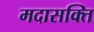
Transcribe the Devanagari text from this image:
मदासक्ति